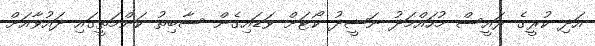
އަދި ކުރީގެ ރައީސް މުހައްމަދު ނަޝީދު ކޯޓަށް ވަޑައިގެން ސާބިތު ކަންމަތީގައި ދައުވާއަށް